Annual statistical returns and brief notes on vaccination in Bengal - 1887-1898
Year: 1887
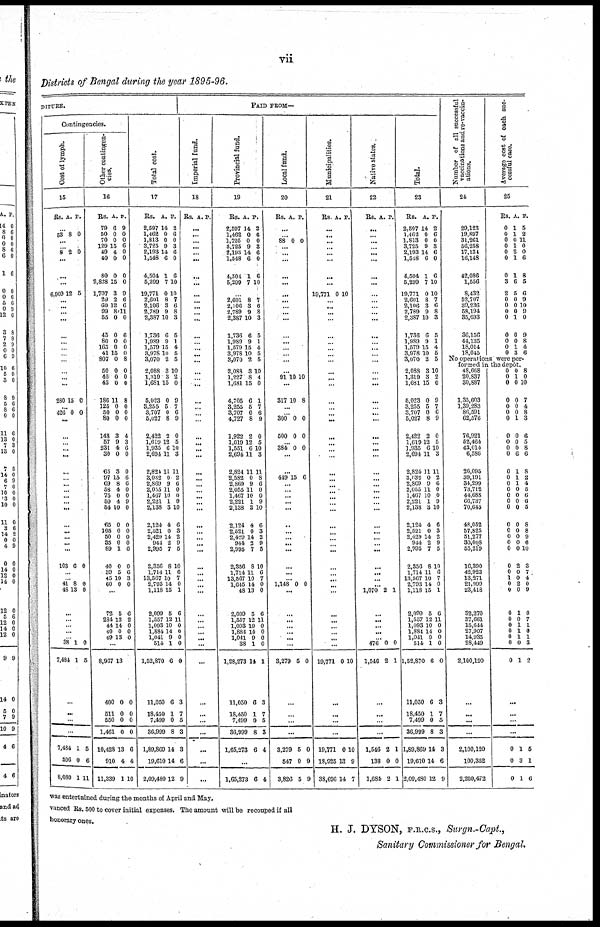
vii
Districts of Bengal during the year 1895-96.
DITURE.
Contingencies.
Cost of lymph.
15
Rs. A. P.
...
53 8 0
...
...
8 2 0
...
...
...
6,809 12 5
...
...
...
...
...
...
...
...
...
...
...
...
280 15 0
...
426 0 0
...
...
...
...
...
...
...
...
...
...
...
...
...
...
...
...
...
103 6 0
...
...
41
48
8
13
0
0
...
...
...
... ...
38
7,434
1
1
0
5
...
...
...
...
7,484
596
8,080
1
0
1
5
6
11
Other contingen-
cies.
16
Rs.
79
50
70
120
49
40
80
2,828
1,707
29
60
99
55
45
80
165
41
807
50
45
45
186
125
50
80
148
57
231
30
65
97
69
58
75
59
54
65
105
50
35
89
40
39
45
60
A.
6
0
0
15
4
0
0
15
3
2
12
8
0
0
0
0
15
0
0
0
0
11
0
0
0
3
9
4
0
3
15
8
4
0
4
10
0
0
0
0
1
0
5
10
0
P.
9
0
0
6
0
0
0
0
9
6
6
11
0
6
0
0
0
8
0
0
0
8
0
0
0
4
3
6
0
0
6
6
0
0
9
0
0
0
0
0
6
0
6
3
0
...
72
234
44
40
49
5
12
14
0
13
6
2
0
0
0
...
8,967
400
511
550
1,461
10,428
910
11,339
13
0
0
0
0
13
4
1
0
0
0
0
6
4
10
Total cost.
17
Rs.
2,597
1,462
1,813
3,725
2,193
1,548
4,504
5,299
19,771
2,601
2,106
2,789
2,387
1,736
1,989
1,579
3,978
3,070
2,088
1,319
1,681
5,023
3,255
3,707
5,027
2,422
1,619
1,935
2,694
2,824
3,032
2,869
2,055
1,467
2,221
2,138
2,124
2,521
2,429
944
2,995
2,356
1,714
13,567
2,793
1,118
2,099
1,557
1,093
1,884
1,041
514
1,52,870
11,050
18,450
7,499
36,999
1,89,869
19,610
2,09,480
A.
14
0
0
9
14
6
1
7
0
8
3
9
10
6
9
15
10
2
3
3
15
0
5
0
8
2
12
6
11
11
0
9
11
10
1
3
4
0
14
2
7
8
11
10
14
15
5
12
10
14
9
1
6
6
1
0
8
14
14
12
P.
2
6
0
3
6
0
6
10
10
7
6
8
3
5
1
4
5
5
10
2
0
9
7
6
9
0
6
10
3
11
2
6
0
0
9
10
6
3
2
9
5
10
6
7
0
1
6
11
0
0
0
0
0
3
7
5
3
3
6
9
PAID FROM—
Imperial fund.
18
Rs. A. P.
...
...
...
...
...
...
...
...
...
...
...
...
...
...
...
...
...
...
...
...
...
...
...
...
...
...
...
...
...
...
...
...
...
...
...
...
...
...
...
...
...
...
...
...
...
...
...
...
...
...
...
...
...
...
...
...
...
...
...
...
Provincial fund.
19
Rs.
2,597
1,462
1,725
3,725
2,193
1,548
4,504
5,299
A.
14
0
0
9
14
6
1
7
P.
2
6
0
3
6
0
6
10
...
2,601
2,106
2,789
2,387
1,736
1,989
1,579
3,978
3,070
2,088
1,227
1,631
4,705
3,255
3,707
4,727
1,922
1,619
1,551
2,694
2,824
2,582
2,869
2,055
1,467
2,221
2,138
2,124
2,521
2,429
944
2,995
2,356
1,714
13,567
1,645
48
2,099
1,557
1,093
1,884
1,041
38
1,28,273
11,050
18,450
7,499
36,999
1,66,273
8
3
9
10
6
9
15
10
2
3
8
15
6
5
0
8
2
12
6
11
11
0
9
11
10
1
3
4
0
14
2
7
8
11
10
14
13
5
12
10
14
9
1
14
6
1
0
8
6
7
6
8
3
5
1
4
6
5
10
4
0
1
7
6
9
0
6
10
3
11
8
6
0
0
9
10
6
3
2
9
5
10
6
7
0
0
6
11
0
0
0
0
1
3
7
5
3
4
...
1,65,273 6 4
Local fund.
20
Rs. A. P.
...
...
88 0 0
...
...
...
...
...
...
... ...
...
...
...
...
...
...
...
...
91 10 10
...
317 10 8
...
...
300
500
0
0
0
0
...
384 0 0
...
...
449 15 6
...
...
...
...
...
...
...
...
...
...
...
...
...
1,148 0 0
...
...
...
...
...
...
...
3,279 5 0
...
...
...
...
3,279
547
3,826
5
0
5
0
9
9
Municipalities.
21
Rs. A. P.
...
...
...
...
...
...
...
...
19,771 0 10
...
...
...
...
...
...
...
...
...
...
...
...
...
...
... ...
...
...
...
...
...
...
...
...
...
...
...
...
...
...
...
...
...
...
...
...
...
...
...
...
...
...
...
19,771 0 10
...
...
...
...
19,771
18,925
38,696
0
13
14
10
9
7
Native states.
22
Rs. A. P.
...
...
...
...
...
...
...
...
...
...
...
...
...
...
...
...
...
...
...
...
...
...
...
...
...
...
...
...
...
...
...
...
...
...
...
...
...
...
...
...
...
...
...
...
...
1,070 2 1
...
...
...
...
...
476
1,546
0
2
0
1
...
...
...
...
1,546
138
1,684
2
0
2
1
0
1
Total.
23
Rs.
2,597
1,462
1,813
3,725
2,193
1,548
4,504
5,299
19,771
2,601
2,106
2,789
2,387
1,736
1,989
1,579
3,978
3,070
2,088
1,319
1,681
5,023
3,255
3,707
5,027
2,422
1,619
1,935
2,694
2,824
3,032
2,869
2,055
1,467
2,221
2,138
2,124
2,521
2,429
944
2,995
2,356
1,714
13,567
2,793
1,118
2,099
1,557
1,093
1,884
1,041
514
1,52,870
11,050
18,450
7,499
36,999
1,89,869
19,610
2,09,480
A.
14
0
0
9
14
6
1
7
0
8
3
9
10
6
9
15
10
2
3
3
15
0
5
0
8
2
12
6
11
11
0
9
11
10
1
3
4
0
14
2
7
8
11
10
14
15
5
12
10
14
9
1
6
6
1
0
8
14
14
12
P.
2
6
0
3
6
0
6
10
10
7
6
8
3
5
1
4
5
5
10
2
0
9
7
6
9
0
5
10
3
11
2
6
0
0
9
10
6
3
2
9
5
10
6
7
0
1
6
11
0
0
0
0
0
3
7
5
3
3
6
9
Number of all successful
vaccinations and re-vaccin-
ations.
24
29,123
19,897
31,261
56,258
17,134
16,148
42,086
1,556
8,432
52,707
39,236
58,194
35,693
36,156
44,135
18,014
18,045
Average cost of each suc-
cessful case.
25
Rs.
0
0
0
0
0
0
0
3
2
0
0
0
0
0
0
0
0
A.
1
1
0
1
2
1
1
6
5
0
0
0
1
0
0
1
3
P.
5
2
11
0
0
6
8
5
6
9
10
9
0
9
8
4
6
No operations were per-
formed in the depôt.
48,668
20,837
30,887
1,35,603
1,39,283
86,591
62,576
76,921
52,464
43,014
6,586
26,095
39,191
34,299
73,712
44,688
66,737
70,645
48,052
57,825
51,277
30,008
55,219
16,390
42,923
13,271
21,999
23,418
32,270
37,661
15,644
27,907
14,935
28,449
2,100,120
...
...
...
...
2,100,120
100,352
2,200,472
0
0
0
0
0
0
0
0
0
0
0
0
0
0
0
0
0
0
0
0
0
0
0
0
0
1
0
0
0
0
0
0
0
0
0
0
1
0
0
0
0
1
0
0
0
6
1
1
1
0
0
0
0
0
0
0
0
0
2
0
0
2
0
1
0
1
1
1
0
1
8
0
10
7
4
8
3
6
5
8
6
8
2
4
5
6
6
5
8
8
9
6
10
3
7
4
0
9
0
7
1
0
1
3
2
...
...
...
...
0
0
0
1
3
1
5
1
6
was entertained during the months of April and May.
vanced Rs. 500 to cover initial expenses. The amount will be recouped if all
honorary ones.
H. J. DYSON, F.R.C.S., Surgn.-Capt.,
Sanitary Commissioner for Bengal.